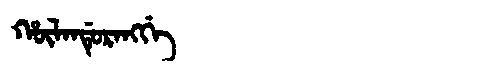
Manchu: ᡥᡡᠯᠠᠨᡩᡠᡵᠠᠩᡤᡝ
Romanization: HŪLANDURANGGE